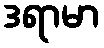
ဒရာမာ